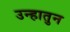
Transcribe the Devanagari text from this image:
उन्हातुन